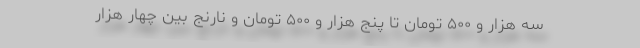
سه هزار و ۵۰۰ تومان تا پنج هزار و ۵۰۰ تومان و نارنج بین چهار هزار